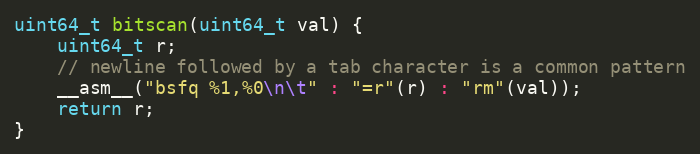
Language: C
uint64_t bitscan(uint64_t val) {
    uint64_t r;
    // newline followed by a tab character is a common pattern
    __asm__("bsfq %1,%0\n\t" : "=r"(r) : "rm"(val));
    return r;
}